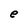
Character: e